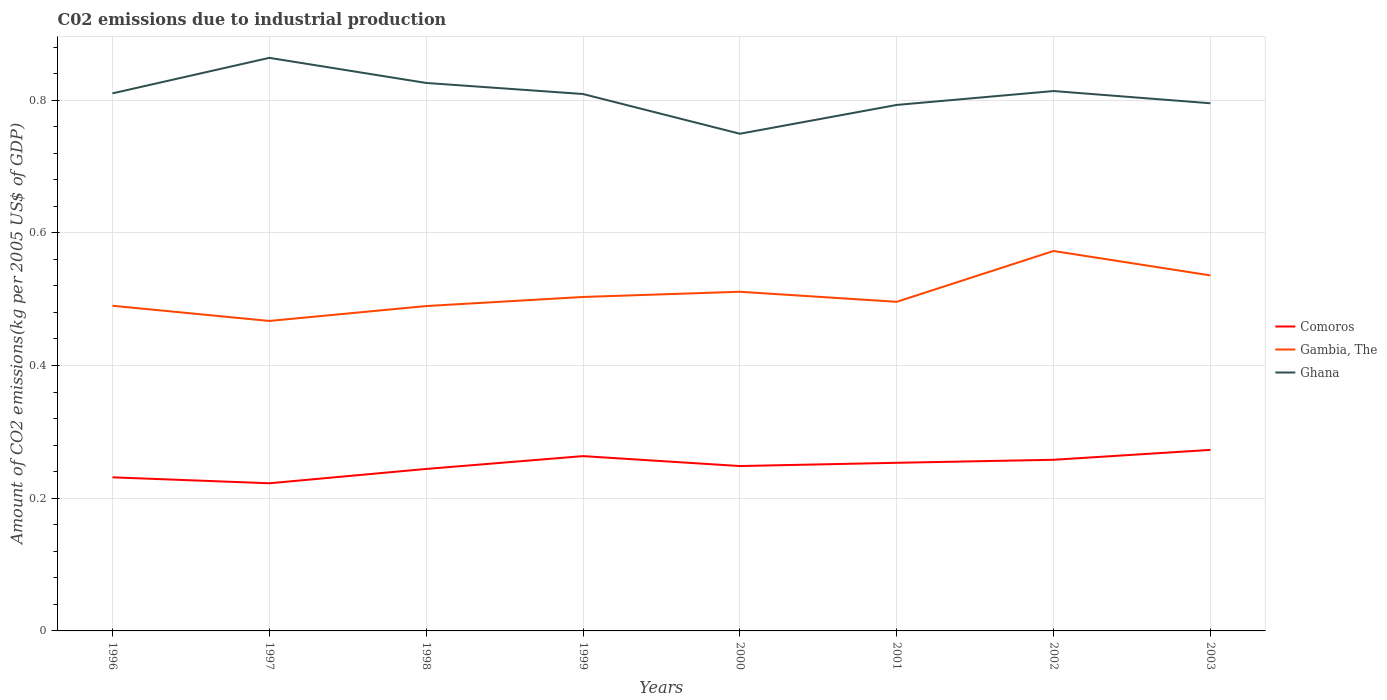
| Years | Comoros | Gambia, The | Ghana |
 | --- | --- | --- | --- |
 | 1996 | 0.231 | 0.49 | 0.81 |
 | 1997 | 0.223 | 0.467 | 0.864 |
 | 1998 | 0.244 | 0.49 | 0.826 |
 | 1999 | 0.263 | 0.503 | 0.809 |
 | 2000 | 0.248 | 0.511 | 0.749 |
 | 2001 | 0.253 | 0.496 | 0.793 |
 | 2002 | 0.258 | 0.573 | 0.814 |
 | 2003 | 0.273 | 0.536 | 0.795 |